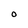
Character: O